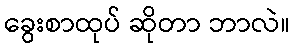
ခွေးစာထုပ် ဆိုတာ ဘာလဲ။